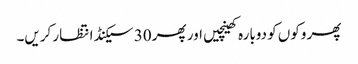
پھر وکوں کو دوبارہ کھینچیں اور پھر 30 سیکنڈ انتظار کریں۔